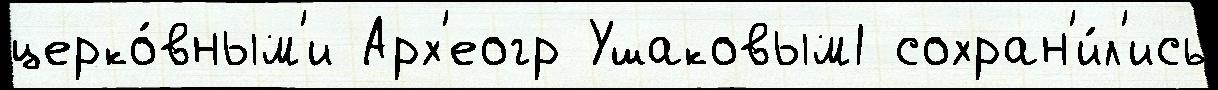
церко́вным'и Арх'еогр Ушаковым1 сохран'и́л'ись